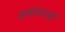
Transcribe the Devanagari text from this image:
असणाऱ्यां